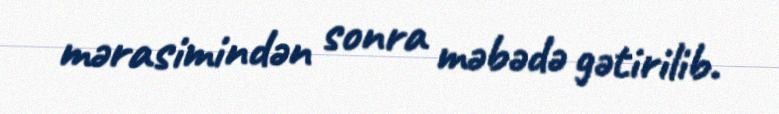
mərasimindən sonra məbədə gətirilib.